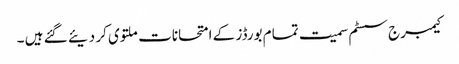
کیمبرج سسٹم سمیت تمام بورڈز کے امتحانات ملتوی کر دیئے گئے ہیں ۔